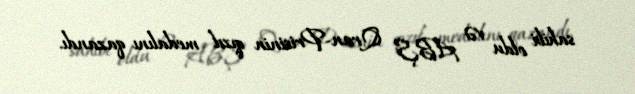
sahibi oldu və ABŞ Qran-Prisinin qızıl medalını qazandı.